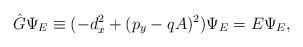
LaTeX: \begin{align*}{\hat G}\Psi_E\equiv (-d_x^2+(p_y-qA)^2)\Psi_E=E\Psi_{E},\end{align*}